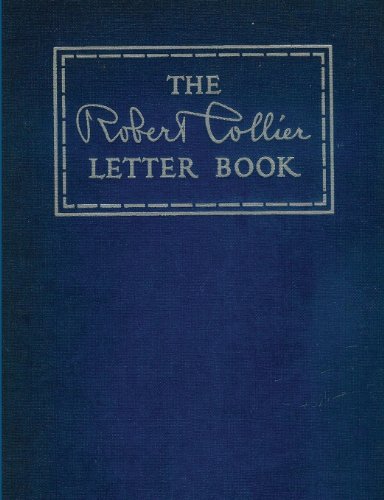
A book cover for The Robert Collier Letter Book; Robert Collier; Computers & Technology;